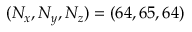
( N _ { x } , N _ { y } , N _ { z } ) = ( 6 4 , 6 5 , 6 4 )